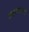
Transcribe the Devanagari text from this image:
स्वप्नामाजी